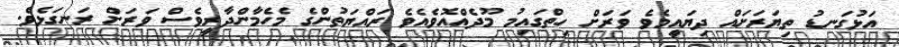
އަޅުގަނޑު ތިޔަރަށައް ދިޔައީމެވެ ވަރަށް ހިތްގައިމު މޫދެއްއޮވެއެވެ ރައްޔަތުންގެ މެހެމާންދާރީވެސް ވަރަށް ރަނގަޅެވެ.